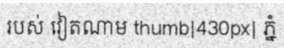
របស់ វៀតណាម thumb|430px| ភ្នំ